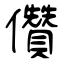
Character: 儹